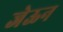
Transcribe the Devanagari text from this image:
जेऊन